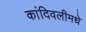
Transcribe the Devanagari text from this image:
कांदिवलीमधे